system: You are a helpful assistant.
user:
Analyze the provided spectrum to determine if it is a **"Cataclysmic Variables (CV)"**.

- **Key Indicators for CV (Check for either state):**
    - **State 1: Quiescent / Low-State (Emission-Dominated)**
        - **(Primary):** Strong and *very broad* Hydrogen Balmer emission lines (e.g., $H\alpha$ at 6563 Å, $H\beta$ at 4861 Å). The 'broadness' (high velocity dispersion, often FWHM > 1000 km/s) is the key diagnostic, indicating a high-velocity accretion disk.
        - **(Secondary):** Broad neutral Helium (He I) emission lines (e.g., 5876 Å, 6678 Å).
        - **(Key Confirmation):** Presence of high-excitation *ionized* Helium (He II) emission at 4686 Å. This is a strong indicator of accretion onto a white dwarf.
        - **(Line Profile):** Emission lines may exhibit a 'double-peaked' profile, which is a classic signature of a rotating accretion disk viewed at high inclination.

    - **State 2: Outburst / High-State (Absorption-Dominated)**
        - **(Primary):** Spectrum is dominated by a bright, blue continuum (looks like a hot star).
        - **(Secondary):** The emission lines from State 1 are weak, absent, or 'filled in', and are replaced by broad, shallow *absorption* lines (primarily Balmer and He I).
        - **(Morphology):** The overall spectrum mimics a hot B/A-type star. The crucial difference is that the absorption lines are significantly broader, shallower, and more 'washed-out' (or 'smeared') than the sharp lines of a normal stellar photosphere, due to high rotational speeds and pressure broadening in the disk.

Think first, call **spectral_visualization_tool** if needed to examine features in detail, then provide your final answer. Your response must adhere to the following strict rules:
1.  **Overall Structure:** Your response must follow the format `<think>...</think> <tool_call>...</tool_call> (if a tool is used) <answer>...</answer>`.
2.  **Tool Usage Constraint:** You may only make **one** tool call per turn.
3.  **Final Answer Format:** In the `<answer>` tag, your conclusion must be inside a `\boxed{}` command (e.g., `\boxed{YES}`), followed by your justification.

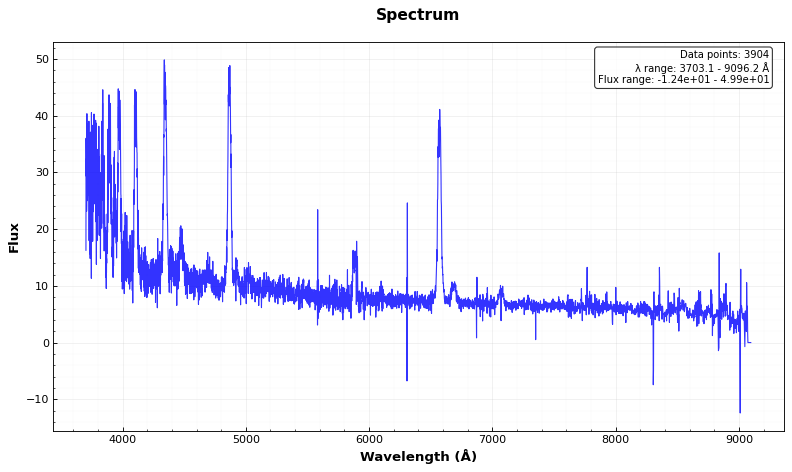
Answer: YES